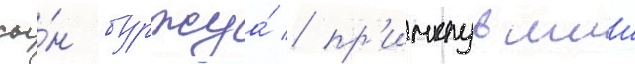
сы́н буржуа́ / пр'имкнувшии